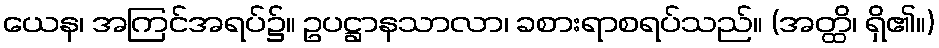
ယေန၊ အကြင်အရပ်၌။ ဥပဋ္ဌာနသာလာ၊ ခစားရာစရပ်သည်။ (အတ္ထိ၊ ရှိ၏။)